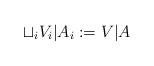
LaTeX: \begin{align*}\sqcup_i V_i|A_i:=V|A\end{align*}